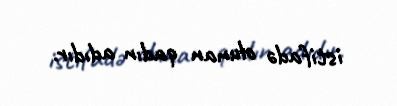
istifadə olunan qadın adıdır.